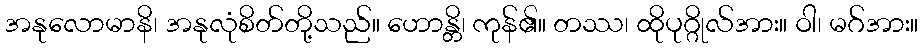
အနုလောမာနိ၊ အနုလုံစိတ်တို့သည်။ ဟောန္တိ၊ ကုန်၏။ တဿ၊ ထိုပုဂ္ဂိုလ်အား။ ဝါ၊ မဂ်အား။